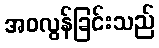
အဝလွန်ခြင်းသည်